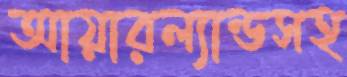
আয়ারল্যান্ডসহ